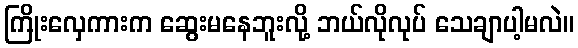
ကြိုးလှေကားက ဆွေးမနေဘူးလို့ ဘယ်လိုလုပ် သေချာပါ့မလဲ။